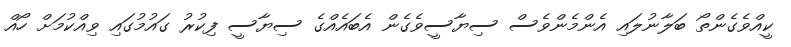
ކީއްވެގެންތޯ ބަލާނުލައި އެންމެންވެސް ސިޔާސީވެގެން އެބައެއްގެ ސިޔާސީ ފިކުރު ގައުމުގައި ވިއްކުމަށް ހޯއް